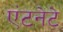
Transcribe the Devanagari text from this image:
एंटनेटे